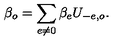
\beta _ { o } = \sum _ { e \neq 0 } \beta _ { e } U _ { - e , o } .